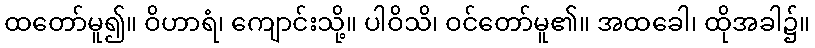
ထတော်မူ၍။ ဝိဟာရံ၊ ကျောင်းသို့။ ပါဝိသိ၊ ဝင်တော်မူ၏။ အထခေါ၊ ထိုအခါ၌။